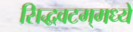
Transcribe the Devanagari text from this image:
सिद्धवटम्‌मध्ये